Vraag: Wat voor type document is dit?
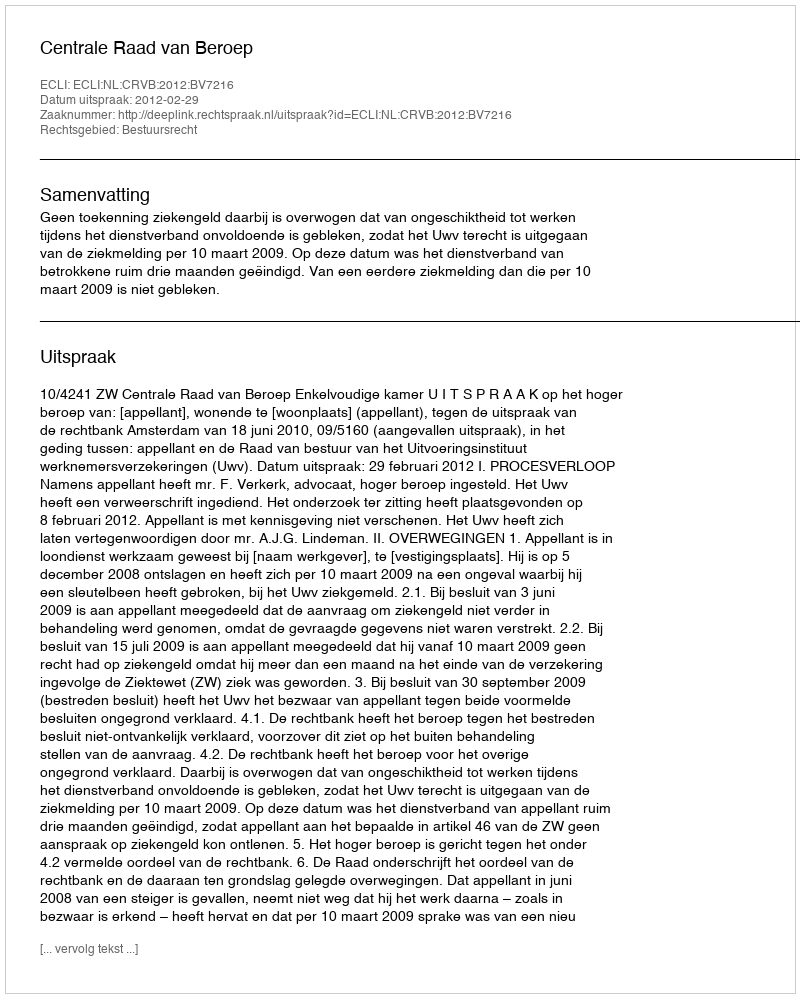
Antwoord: Uitspraak